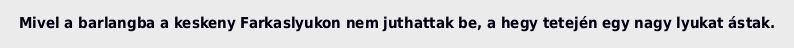
Mivel a barlangba a keskeny Farkaslyukon nem juthattak be, a hegy tetején egy nagy lyukat ástak.